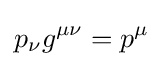
p_{\nu }g^{\mu \nu }=p^{\mu }